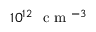
1 0 ^ { 1 2 } ~ \textrm { c m } ^ { - 3 }